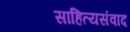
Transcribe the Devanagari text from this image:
साहित्यसंवाद